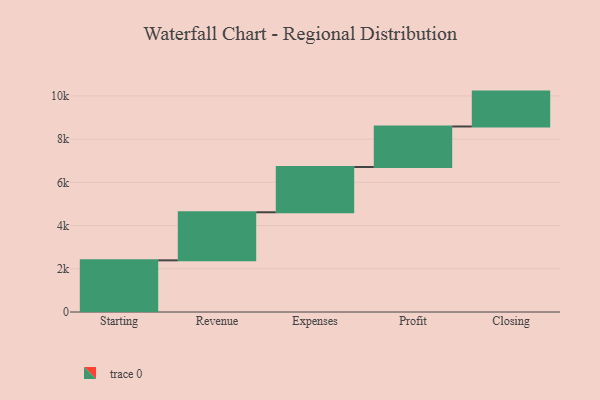
{"axis": {"x": "Step", "y": "Value"}, "legend": [""], "data": [{"x": "Starting", "y": 2391.0, "type": ""}, {"x": "Revenue", "y": 2225.0, "type": ""}, {"x": "Expenses", "y": 2096.0, "type": ""}, {"x": "Profit", "y": 1874.0, "type": ""}, {"x": "Closing", "y": 1615.0, "type": ""}]}